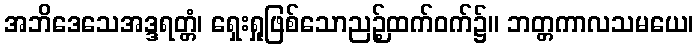
အဘိဒေသေအဒ္ဒရတ္တံ၊ ရှေးရှုဖြစ်သောညဉ့်ထက်ဝက်၌။ ဘတ္တကာလသမယေ၊